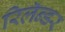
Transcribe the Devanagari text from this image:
रिलॅन्डर